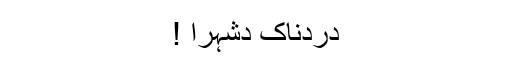
دردناک دشہرا !